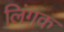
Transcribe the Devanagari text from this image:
लिंगक